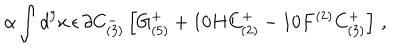
\alpha \int d ^ { 9 } x \, \epsilon \, \partial C _ { ( 3 ) } ^ { - } \left[ G _ { ( 5 ) } ^ { + } + 1 0 H C _ { ( 2 ) } ^ { + } - 1 0 F ^ { ( 2 ) } C _ { ( 3 ) } ^ { + } \right] \, ,